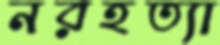
নরহত্যা